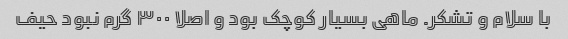
با سلام و تشکر‌. ماهی بسیار کوچک بود و اصلا ۳۰۰ گرم نبود حیف